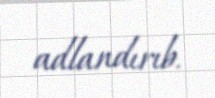
adlandırıb.